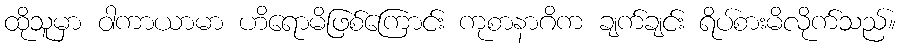
ထိုသူမှာ ဝါကာယာမာ ဟိရောမိဖြစ်ကြောင်း ကုစာနာဂိက ချက်ချင်း ရိပ်စားမိလိုက်သည်။